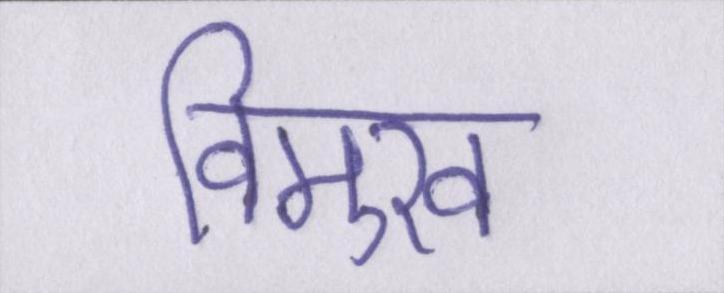
विमुख